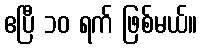
ဧပြီ ၁၀ ရက် ဖြစ်မယ်။